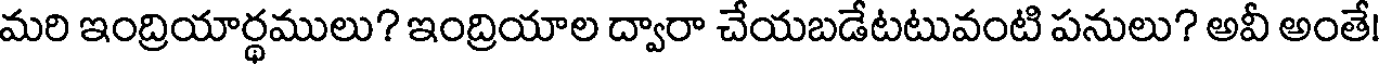
మరి ఇంద్రియార్థములు? ఇంద్రియాల ద్వారా చేయబడేటటువంటి పనులు? అవీ అంతే